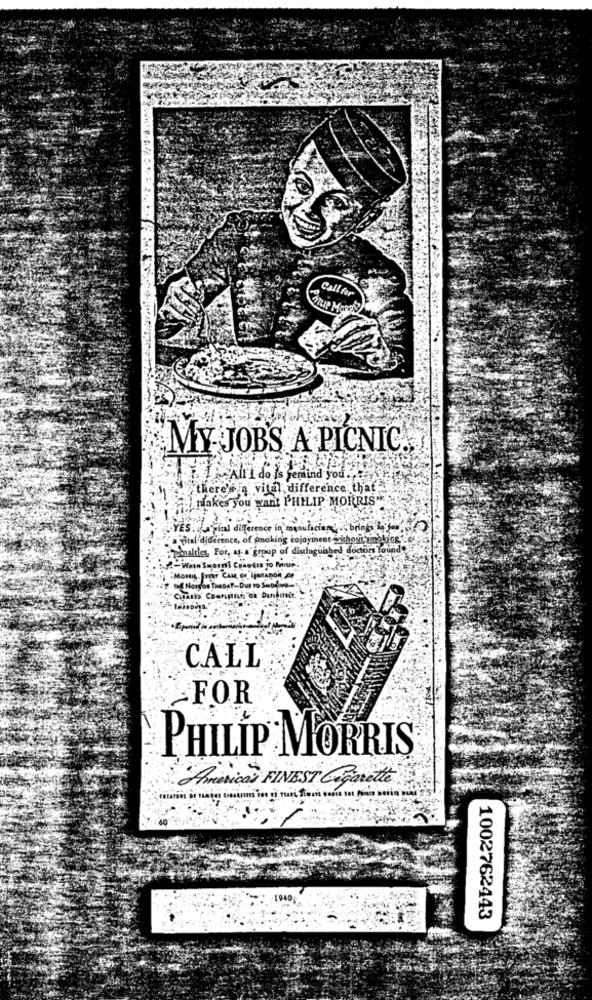
Call for
MUP MORAS
MY JOB'S A PICNIC.
.Allt do is remind you.
there's a vital difference that
makes you want PHILIP MORRIS"
YES. . "Final difference in menuluciani , brings
ital difference, of smoking cojoyment achosich moking -et
Penalties, For, At- a group of distinguished doctort Tound.
Norg'on TheDAT-Dur to Siodies ...
CALL
FOR
PHILIP MORRIS
America's FINEST Cigarette
1940
1002762443